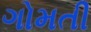
ગોમતી